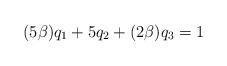
LaTeX: \begin{align*}(5\beta)q_1+5q_2+(2\beta)q_3=1\end{align*}